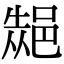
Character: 𮟾